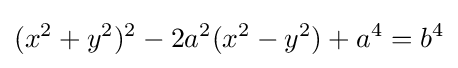
(x^{2}+y^{2})^{2}-2a^{2}(x^{2}-y^{2})+a^{4}=b^{4}